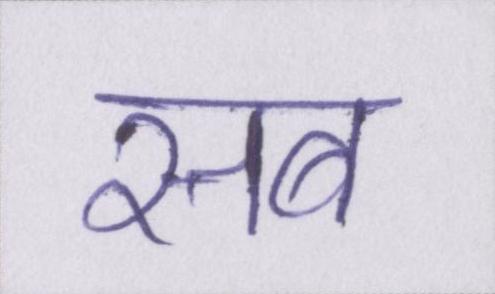
सब